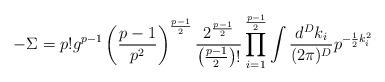
LaTeX: \begin{align*}-\Sigma=p!g^{p-1}\left(\frac{p-1}{p^2}\right)^{\frac{p-1}{2}}\frac{2^{\frac{p-1}{2}}}{\left(\frac{p-1}{2}\right)!}\prod_{i=1}^{\frac{p-1}{2}}\int\frac{d^Dk_i}{(2\pi)^D} p^{-\frac{1}{2}k_i^2}\end{align*}